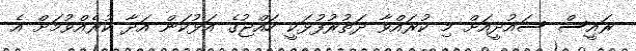
ރައީސް ސައުދީއަށް މި ކުރައްވާ ދަތުރުފުޅަކީ ހައްޖުގެ އަޅުކަން އަދާ ކުރެއްވުމަށް އެ